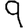
Digit: 9